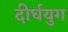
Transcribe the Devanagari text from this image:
दीर्घयुग